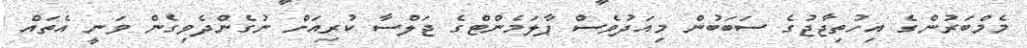
މެމްބަރުންގެ އިހުތިޖާޖުގެ ސަބަބުން މިއަދުވެސް ޕާލަމެންޓްގެ ޖަލްސާ ކުރިއަށް ނުގެންދެވިގެން ވަނީ އެތައް